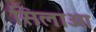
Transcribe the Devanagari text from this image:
सिलाओ